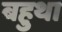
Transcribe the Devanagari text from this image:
बहुथा